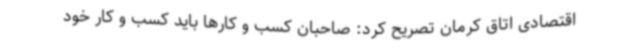
اقتصادی اتاق کرمان تصریح کرد: صاحبان کسب و کارها باید کسب و کار خود